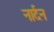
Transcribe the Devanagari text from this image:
नार्दन